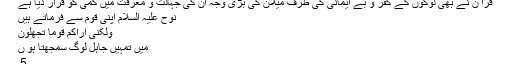
قرآ ن نے بھی لوگوں کے کفر و بے ایمانی کی طرف میلان کی بڑی وجہ ان کی جہالت و معرفت میں کمی کو قرار دیا ہے
نوح علیہ السلام اپنی قوم سے فرماتے ہیں
ولکنی اراکم قوما تجھلون
میں تمہیں جاہل لوگ سمجھتا ہو ں
5۔